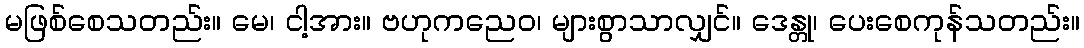
မဖြစ်စေသတည်း။ မေ၊ ငါ့အား။ ဗဟုကညေဝ၊ များစွာသာလျှင်။ ဒေန္တု၊ ပေးစေကုန်သတည်း။